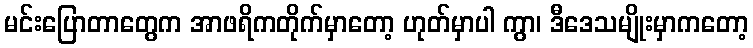
မင်းပြောတာတွေက အာဖရိကတိုက်မှာတော့ ဟုတ်မှာပါ ကွာ၊ ဒီဒေသမျိုးမှာကတော့